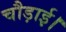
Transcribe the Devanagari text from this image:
चौड़ाई।